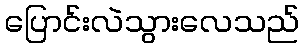
ပြောင်းလဲသွားလေသည်